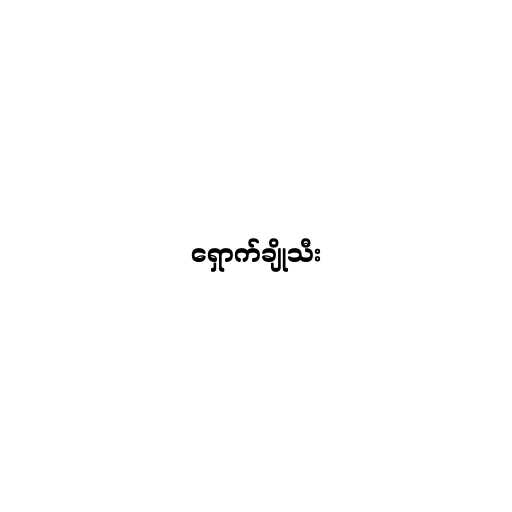
ရှောက်ချိုသီး